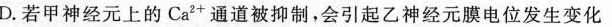
D. 若甲神经元上的Ca^{2+}通道被抑制，会引起乙神经元膜电位发生变化